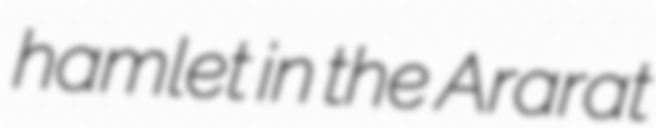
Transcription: hamlet in the Ararat